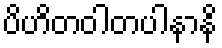
ပိဟိတဝါတပါနာနိ